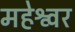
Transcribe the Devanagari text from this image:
महेश्व्वर